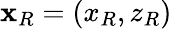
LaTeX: \textbf{x}_{R}=(x_{R},z_{R})